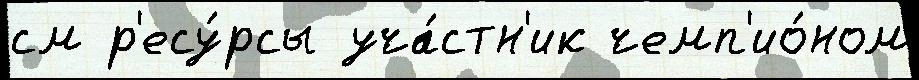
см р'есу́рсы уча́стн'ик чемп'ио́ном